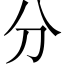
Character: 分